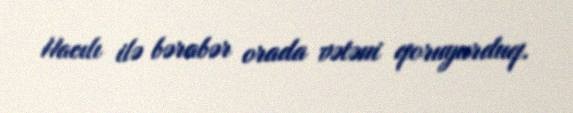
Hacılı ilə bərabər orada vətəni qoruyurduq.